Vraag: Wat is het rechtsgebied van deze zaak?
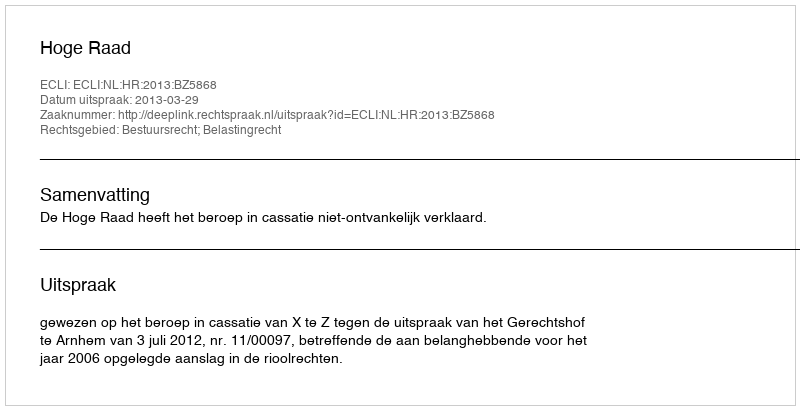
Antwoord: Bestuursrecht; Belastingrecht